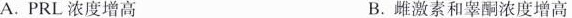
A.PRL浓度增高 B.雌激素和睾酮浓度增高